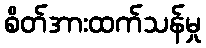
စိတ်အားထက်သန်မှု